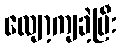
လျော့ကျခဲ့ပြီး